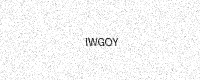
Text: IWGOY